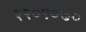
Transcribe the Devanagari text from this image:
२२०९०७०